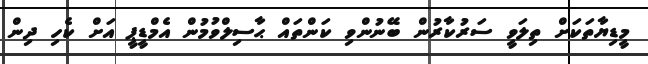
މީޑިޔާތަކަށް ތިލަވީ ސަރުކާރުން ބޭނުންވި ކަންތައް ޙާސިލްވުމުން އެމްޑީޕީ އަށް ކެހި ދިން